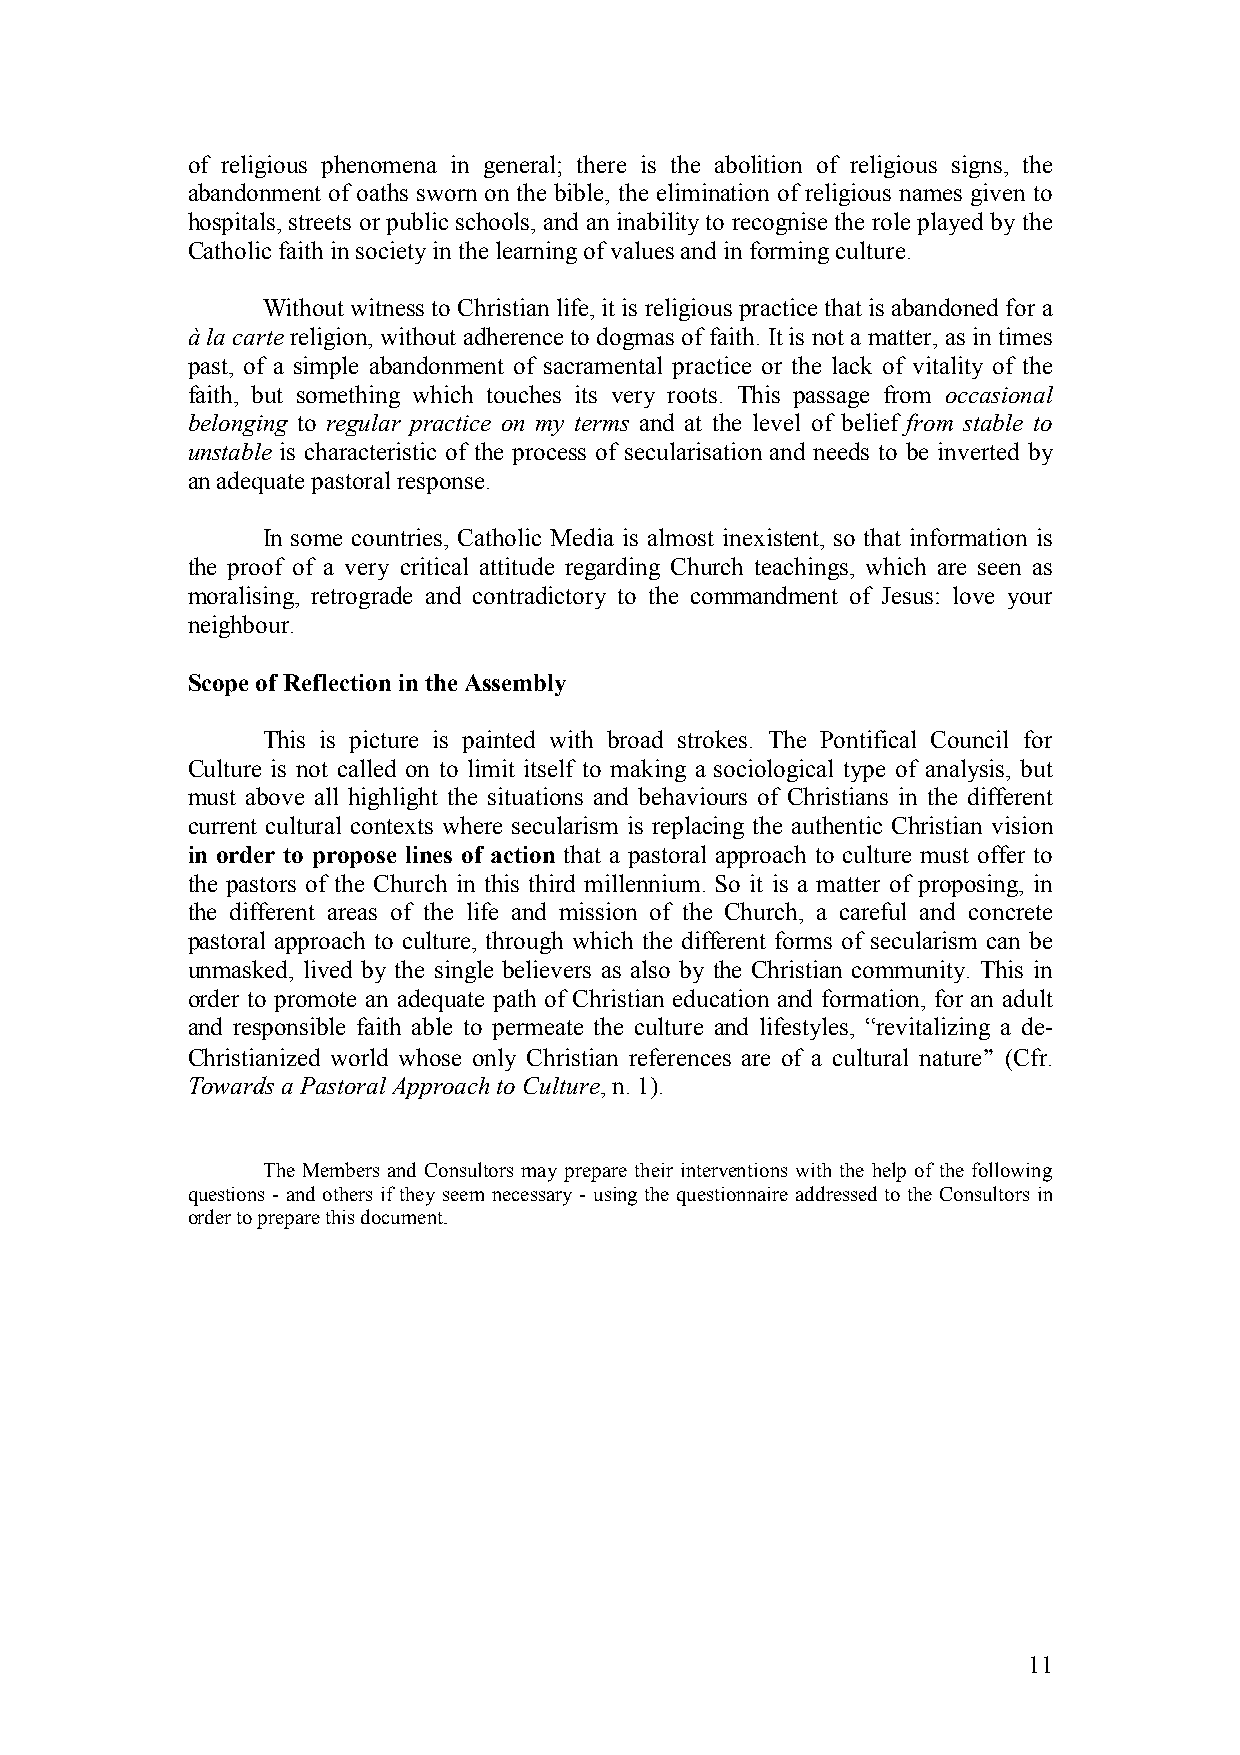
of religious phenomena in general; there is the abolition of religious signs, the
 abandonment of oaths sworn on the bible, the elimination of religious names given to
 hospitals, streets or public schools, and an inability to recognise the role played by the
 Catholic faith in society in the learning of values and in forming culture.
 Without witness to Christian life, it is religious practice that is abandoned for a
 à la carte religion, without adherence to dogmas of faith. It is not a matter, as in times
 past, of a simple abandonment of sacramental practice or the lack of vitality of the
 faith, but something which touches its very roots. This passage from occasional
 belonging to regular practice on my terms and at the level of belief from stable to
 unstable is characteristic of the process of secularisation and needs to be inverted by
 an adequate pastoral response.
 In some countries, Catholic Media is almost inexistent, so that information is
 the proof of a very critical attitude regarding Church teachings, which are seen as
 moralising, retrograde and contradictory to the commandment of Jesus: love your
 neighbour.
 Scope of Reflection in the Assembly
 This is picture is painted with broad strokes. The Pontifical Council for
 Culture is not called on to limit itself to making a sociological type of analysis, but
 must above all highlight the situations and behaviours of Christians in the different
 current cultural contexts where secularism is replacing the authentic Christian vision
 in order to propose lines of action that a pastoral approach to culture must offer to
 the pastors of the Church in this third millennium. So it is a matter of proposing, in
 the different areas of the life and mission of the Church, a careful and concrete
 pastoral approach to culture, through which the different forms of secularism can be
 unmasked, lived by the single believers as also by the Christian community. This in
 order to promote an adequate path of Christian education and formation, for an adult
 and responsible faith able to permeate the culture and lifestyles, “revitalizing a de-
 Christianized world whose only Christian references are of a cultural nature” (Cfr.
 Towards a Pastoral Approach to Culture, n. 1).
 The Members and Consultors may prepare their interventions with the help of the following
 questions - and others if they seem necessary - using the questionnaire addressed to the Consultors in
 order to prepare this document.
 11